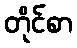
တိုင်စာ